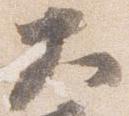
大